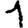
Digit: 1